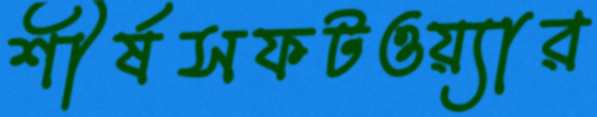
শীর্ষসফটওয়্যার